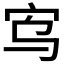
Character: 𫲻